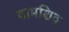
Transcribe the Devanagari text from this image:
वामशिव